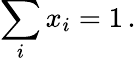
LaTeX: \sum_{i}x_{i}=1\, .